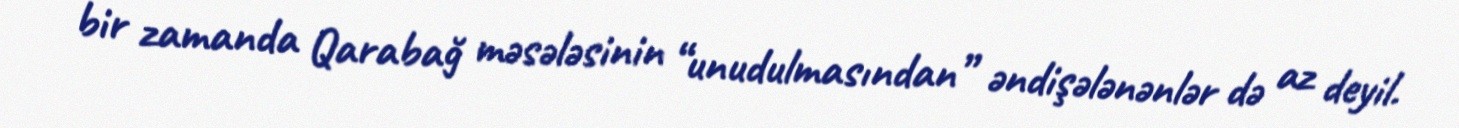
bir zamanda Qarabağ məsələsinin “unudulmasından” əndişələnənlər də az deyil.